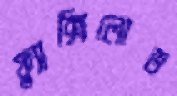
ফ্ল্যাক্সিলোড